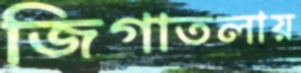
জিগাতলায়